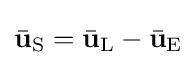
{\bar {\mathbf {u} }}_{\text{S}}={\bar {\mathbf {u} }}_{\text{L}}-{\bar {\mathbf {u} }}_{\text{E}}